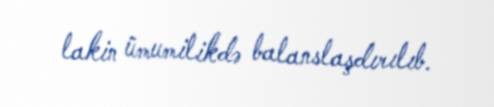
lakin ümumilikdə balanslaşdırılıb.